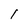
Character: l